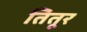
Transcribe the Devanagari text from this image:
तितूर